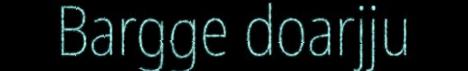
Bargge doarjju